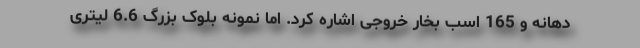
دهانه و 165 اسب بخار خروجی اشاره کرد. اما نمونه بلوک بزرگ 6.6 لیتری